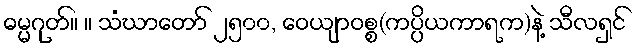
ဓမ္မဂုတ်။ ။ သံဃာတော် ၂၅၀၀, ဝေယျာဝစ္စ(ကပ္ပိယကာရက)နဲ့ သီလရှင်